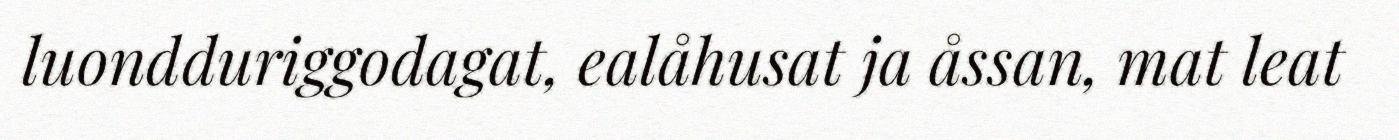
luondduriggodagat, ealåhusat ja åssan, mat leat